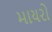
માયરો